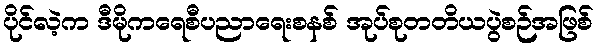
ပိုင်လဲ့က ဒီမိုကရေစီပညာရေးစနစ် အုပ်စုတတိယပွဲစဉ်အဖြစ်